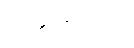
ဥက္ကုဓိတော